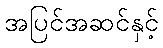
အပြင်အဆင်နှင့်